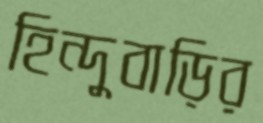
হিন্দুবাড়ির